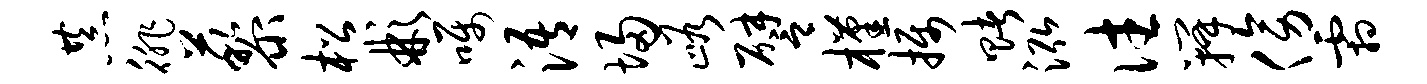
恭徘藜松彬嘱浯埽峪譬槿摄赌泓往瓣傍霜